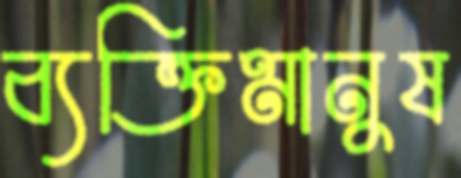
ব্যক্তিমানুষ